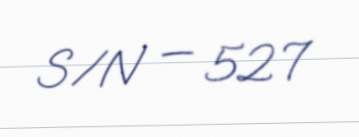
S/N — 527